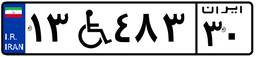
۱۷W۶۷۶۳۵